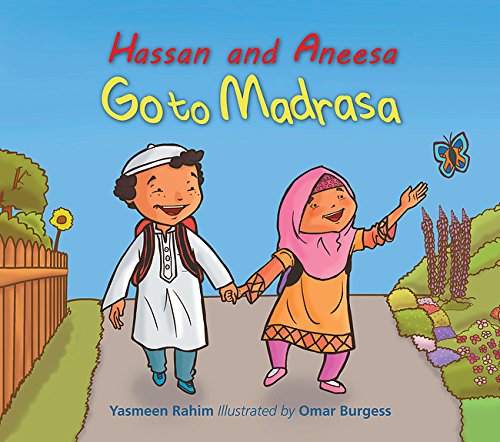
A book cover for Hassan and Aneesa Go to Madrasa; Yasmeen Rahim; Children's Books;